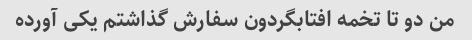
من دو تا تخمه افتابگردون سفارش گذاشتم یکی آورده